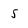
Character: 5